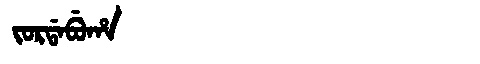
Manchu: ᠵᠣᡵᡩᠠᠪᡠᡥᠠ
Romanization: JORDABUHA